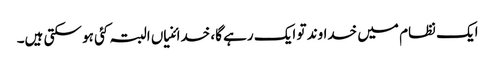
ایک نظام میں خداوند تو ایک رہے گا، خدائنیاں البتہ کئی ہو سکتی ہیں۔